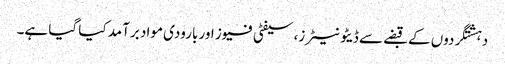
دہشتگردوں کے قبضے سے ڈیٹونیٹرز، سیفٹی فیوز اور بارودی مواد برآمد کیا گیا ہے۔